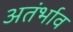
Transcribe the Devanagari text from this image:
अतंर्भाव